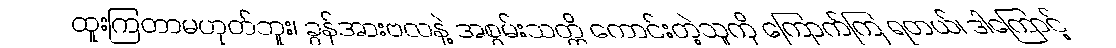
ထူးကြတာမဟုတ်ဘူး၊ ခွန်အားဗလနဲ့ အစွမ်းသတ္တိ ကောင်းတဲ့သူကို ကြောက်ကြ ရတယ်၊ ဒါကြောင့်